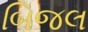
બિજલ